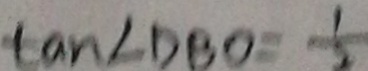
\tan \angle D B O = \frac { 1 } { 2 }